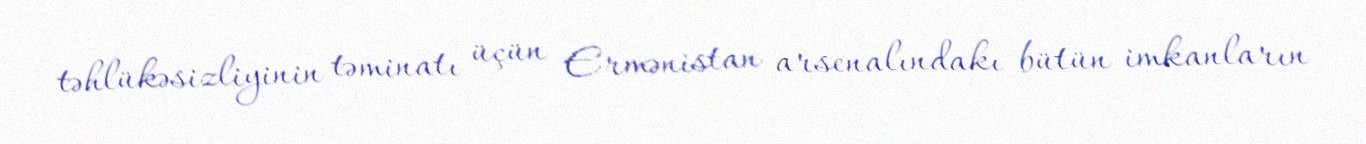
təhlükəsizliyinin təminatı üçün Ermənistan arsenalındakı bütün imkanların